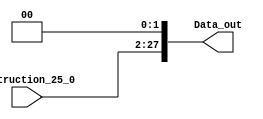
module ShiftLeft2_PC (

    input  wire [25:0] Instruction_25_0,
    output wire [27:0] Data_out

);

    assign Data_out = Instruction_25_0 << 2;

endmodule